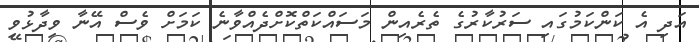
އަދި އެ ކަންކަމުގައި ސަރުކާރުގެ ތެރެއިން މަސައްކަތްކޮށްދެއްވާނެ ކަމަށް ވެސް އޭނާ ވިދާޅުވި